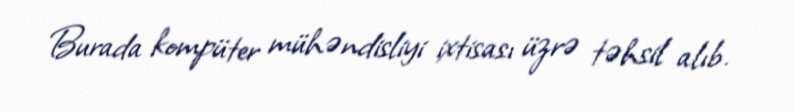
Burada kompüter mühəndisliyi ixtisası üzrə təhsil alıb.